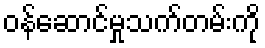
ဝန်ဆောင်မှုသက်တမ်းကို